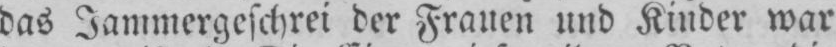
das Jammergeschrei der Frauen und Kinder war